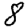
Digit: 8